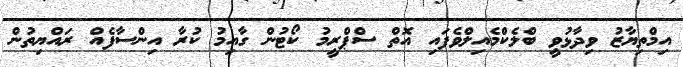
އިމްތިޔާޒު ވިދާޅުވީ ބްލެކްމެއިލްވެފައި އޮތް ސްޕްރީމު ކޯޓުން ގާއިމު ކުރާ އިންސާފެއް ރައްޔިތުން